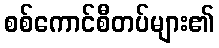
စစ်ကောင်စီတပ်များ၏